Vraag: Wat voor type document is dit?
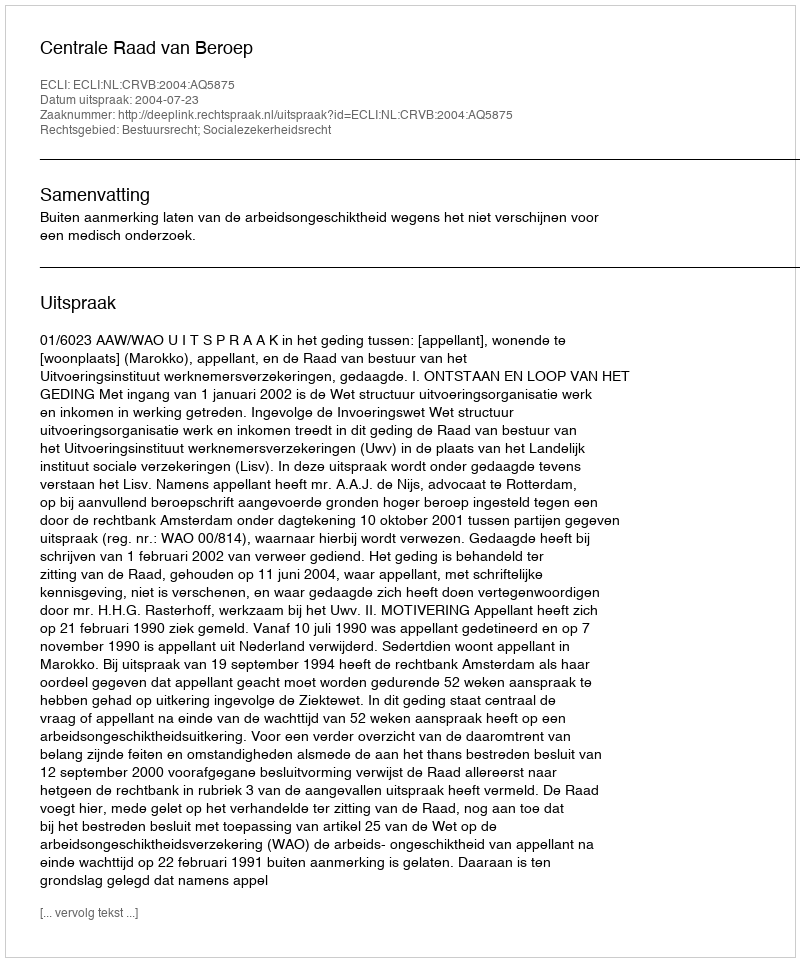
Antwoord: Uitspraak